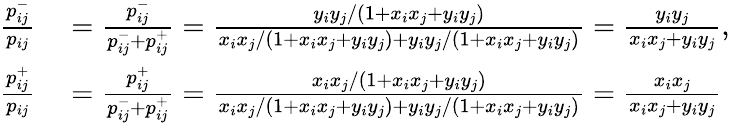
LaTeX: \begin{array}{rl}{\frac{p_{ij}^{-}}{p_{ij}}}&{{}=\frac{p_{ij}^{-}}{p_{ij}^{-}+p_{ij}^{+}}=\frac{y_{i}y_{j}/(1+x_{i}x_{j}+y_{i}y_{j})}{x_{i}x_{j}/(1+x_{i}x_{j}+y_{i}y_{j})+y_{i}y_{j}/(1+x_{i}x_{j}+y_{i}y_{j})}=\frac{y_{i}y_{j}}{x_{i}x_{j}+y_{i}y_{j}},}\\ {\frac{p_{ij}^{+}}{p_{ij}}}&{{}=\frac{p_{ij}^{+}}{p_{ij}^{-}+p_{ij}^{+}}=\frac{x_{i}x_{j}/(1+x_{i}x_{j}+y_{i}y_{j})}{x_{i}x_{j}/(1+x_{i}x_{j}+y_{i}y_{j})+y_{i}y_{j}/(1+x_{i}x_{j}+y_{i}y_{j})}=\frac{x_{i}x_{j}}{x_{i}x_{j}+y_{i}y_{j}}}\end{array}